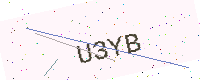
Text: U3YB